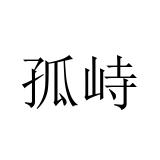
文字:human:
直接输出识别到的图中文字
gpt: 孤峙